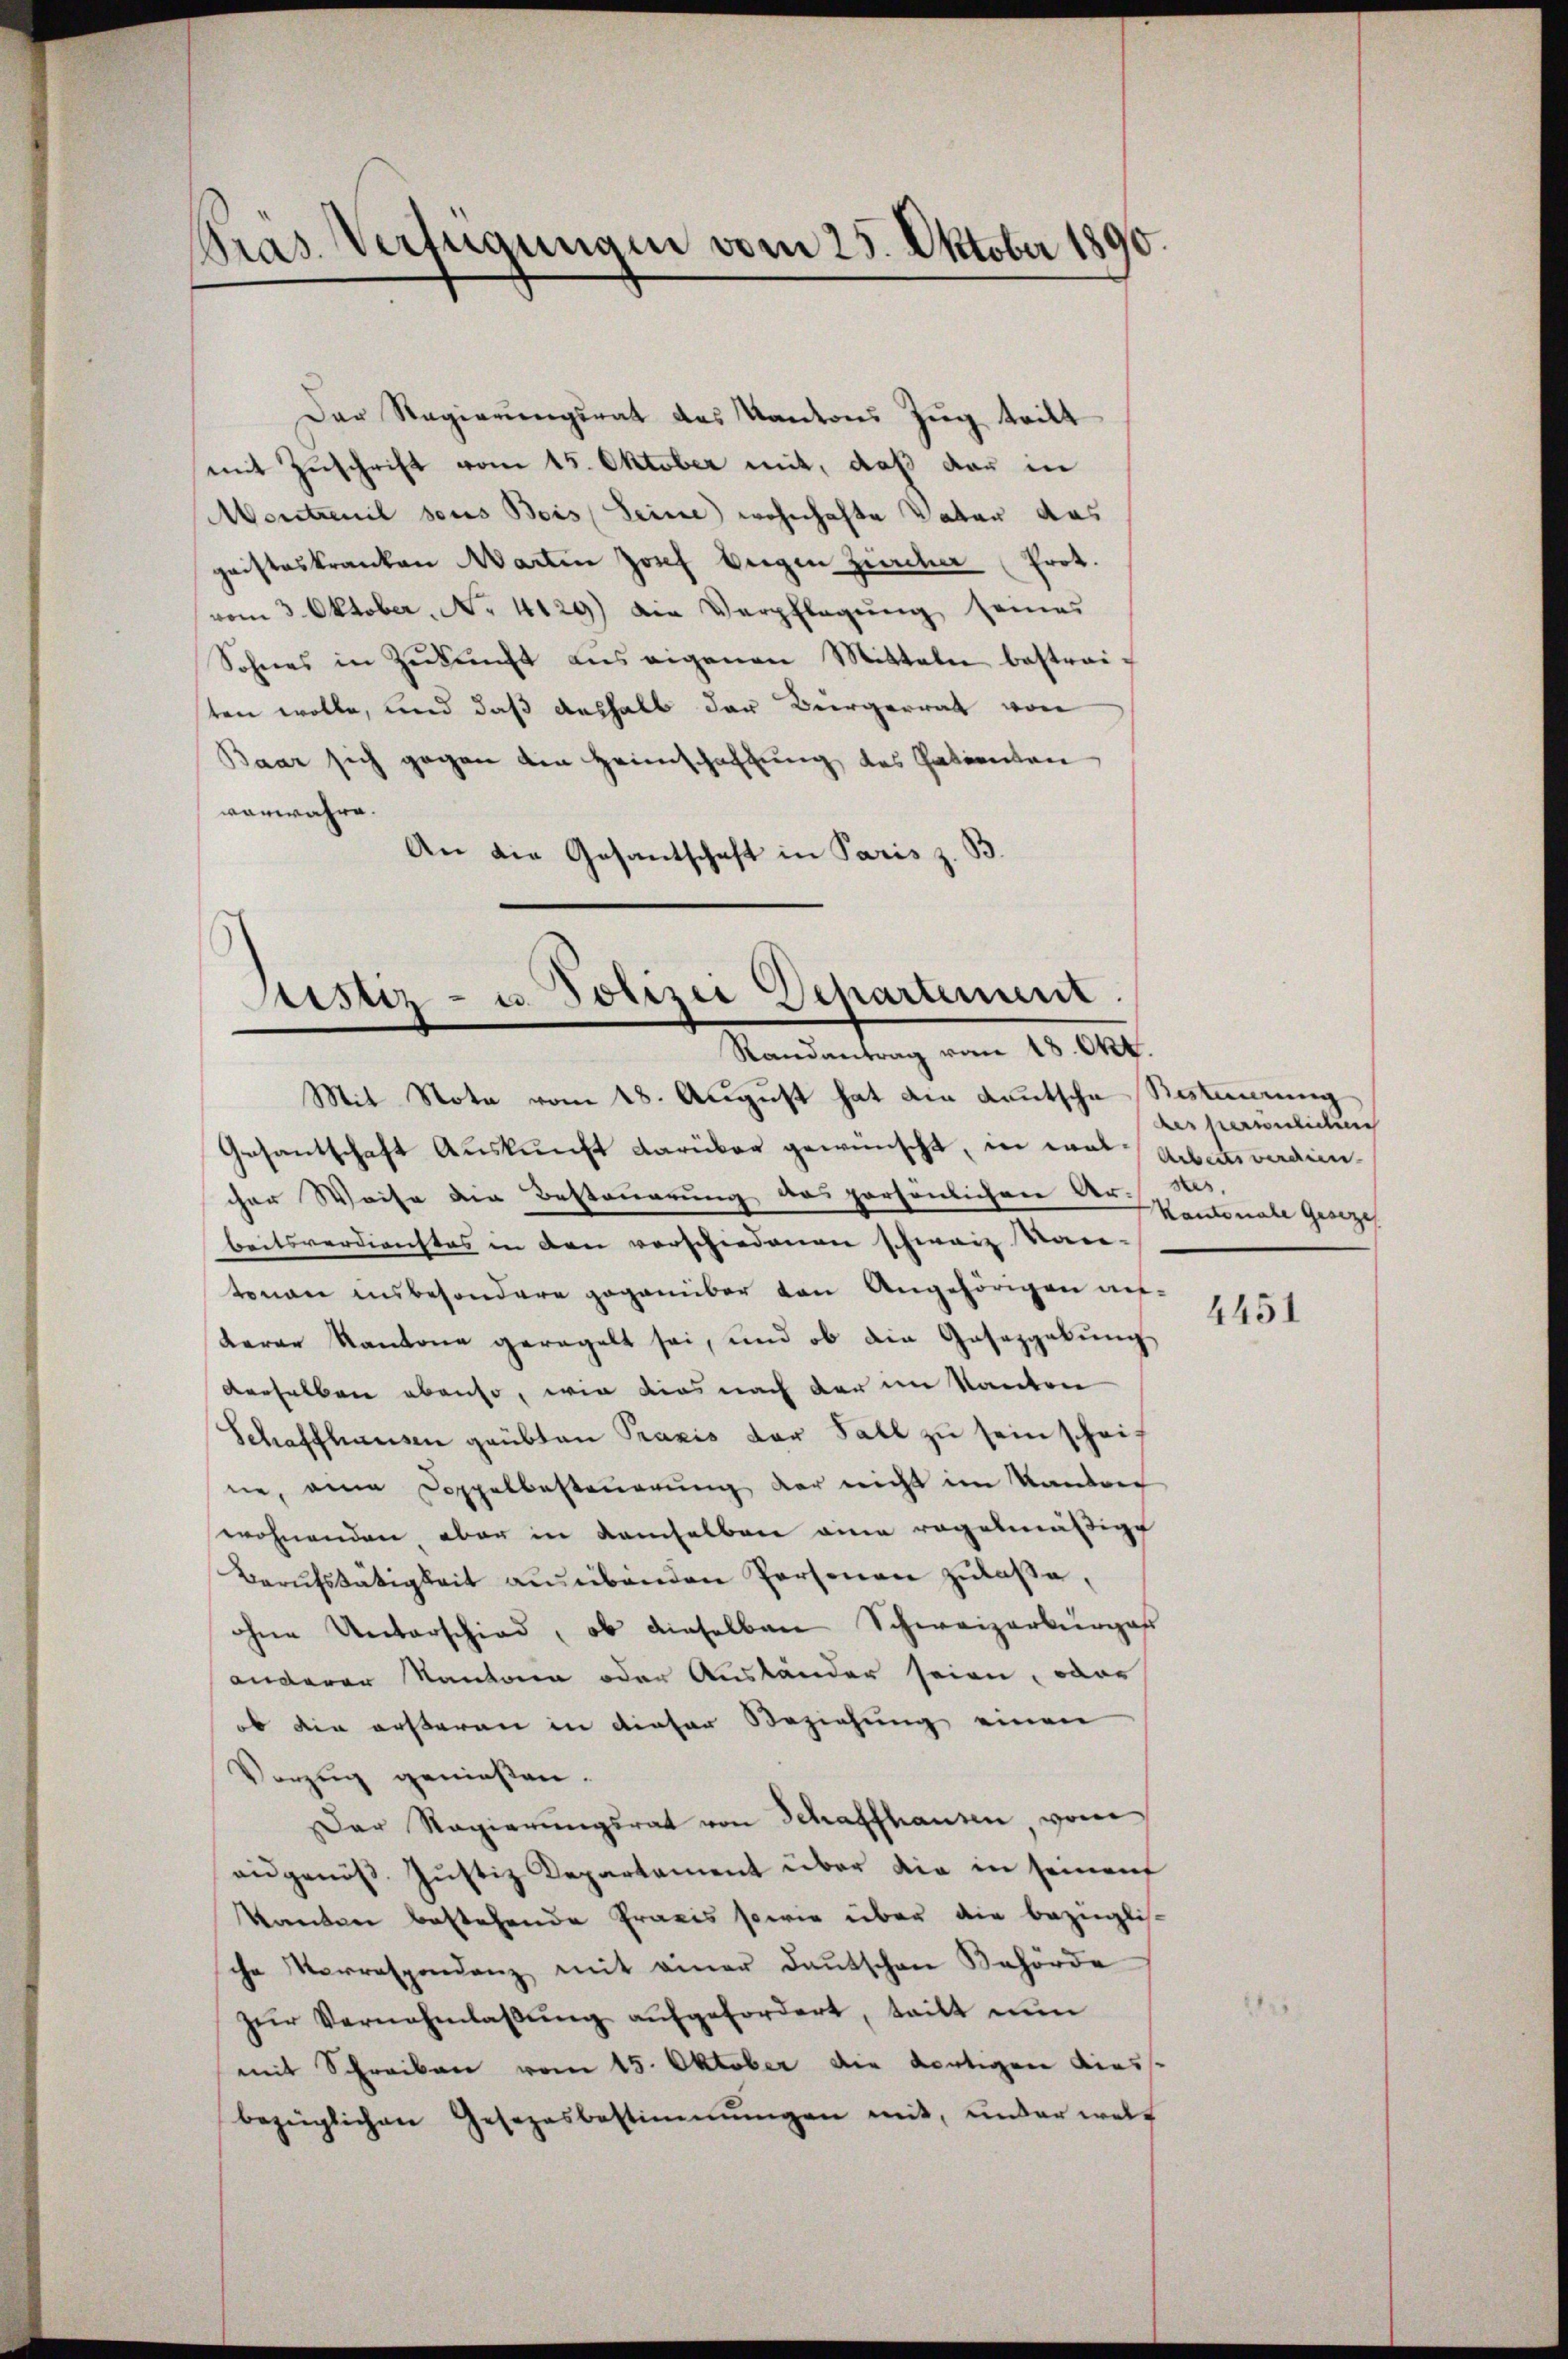
Präs. Verfügungen vom 25. Oktober 1890.

Der Regierungsrat des Kantons Zug tritt
mit Zuschrift vom 15. Oktober mit, daß dar in
Montrenil seus Bois Leine wohnhafte Vater das
gaisteskranken Marten Josef beigen Zürcher (Prot.
vom 3. Oktober. No. 4129) Die Verpflegŭng seines
Sohnes in Zŭkŭnft aus eigenen Mitteln bestrei-
ten wolle, und daß deshalb der Bürgerrat von
Baar sich gegen den Heimschaftung des Patienten
verwahre.
An die Gesantschaft in Paris z. B.

Sistiz- u. Polizei Departement.
Randantrag vom 18. Okt.

Mit Note vom 18. August hat die Kautsche Besteuerung
Gesantschaft Auskunft darüber gewünscht, in war Arbeits verdiencher Weise die Besteuerung des persönlichen Ar-ses,
beitsverdienstes in den vorschiedenen schweiz von-
tonen insbesondere gegenüber von Angehörigen auf-
terer Kantone geregelt sei, und ob die Gasazgebung
derselben ebenso, wie dies nach der im Kanton
Schaffhausen geübten Praxis der Fall zu sein schrif
ne, ein Doppelbesteuerung der nicht im Kanton
wohnenden, aber in demselben eine regelmäßige
Berŭfstätigkeit aŭsübenden Personen zŭlaβe,
ohne Unterschied, ob dieselben Schweizerkurges
anderen Kantonen oder Ausländer seien, oder
ob die ersteren in dieser Beziehung einen
Vorzug genießen.
Der Regierŭngsrat von Schaffhausen, vom
eidgenös Justiz Departement über die in seinen
kanten bestehende Praxis sowie über die bezüglich-
che Verrespondenz mit einer Deutschen Behörde
zŭr Vernehmlassŭng aŭfgefordert, tritt nun
mit Schreiben vom 15. Oktober die dortigen diesse
bezüglichen Gesezesbestimmungen mit, under welch

des persönlichung
Kantonale Gesezes

4451